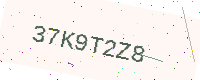
Text: 37K9T2Z8